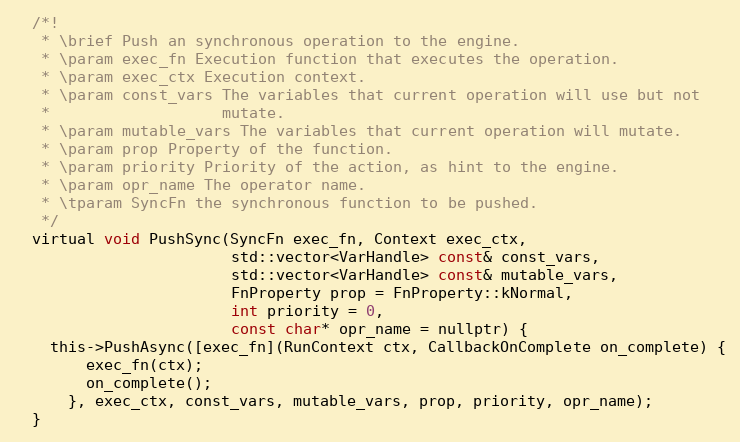
Language: C
  /*!
   * \brief Push an synchronous operation to the engine.
   * \param exec_fn Execution function that executes the operation.
   * \param exec_ctx Execution context.
   * \param const_vars The variables that current operation will use but not
   *                   mutate.
   * \param mutable_vars The variables that current operation will mutate.
   * \param prop Property of the function.
   * \param priority Priority of the action, as hint to the engine.
   * \param opr_name The operator name.
   * \tparam SyncFn the synchronous function to be pushed.
   */
  virtual void PushSync(SyncFn exec_fn, Context exec_ctx,
                        std::vector<VarHandle> const& const_vars,
                        std::vector<VarHandle> const& mutable_vars,
                        FnProperty prop = FnProperty::kNormal,
                        int priority = 0,
                        const char* opr_name = nullptr) {
    this->PushAsync([exec_fn](RunContext ctx, CallbackOnComplete on_complete) {
        exec_fn(ctx);
        on_complete();
      }, exec_ctx, const_vars, mutable_vars, prop, priority, opr_name);
  }